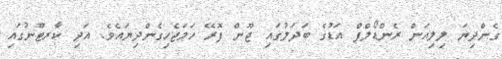
ގެންދިޔަ ލިލިއަން ރެންޑޯލްފް އަޑުގެ ބަދަލުގައި ޖޫން ފޮރޭ ހަމަޖެހިގެންދިޔައެވެ. އަދި ކާރޓޫނުގައި